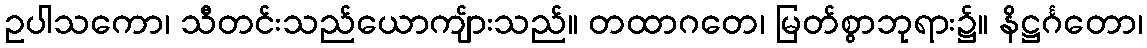
ဥပါသကော၊ သီတင်းသည်ယောကျ်ားသည်။ တထာဂတေ၊ မြတ်စွာဘုရား၌။ နိဋ္ဌင်္ဂတော၊